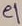
Text: e1